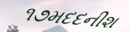
૧૭મદદનીશ